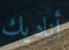
أناديك